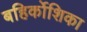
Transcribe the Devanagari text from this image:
बहिर्कोशिका